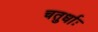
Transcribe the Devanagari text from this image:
चतुर्धाः